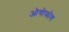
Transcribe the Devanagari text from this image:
ओगोफोग